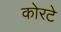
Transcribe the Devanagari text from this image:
कोरटे